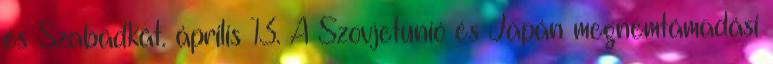
és Szabadkát. április 13. A Szovjetunió és Japán megnemtámadási